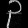
Digit: ၃